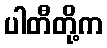
ပါတီတို့က